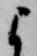
よ